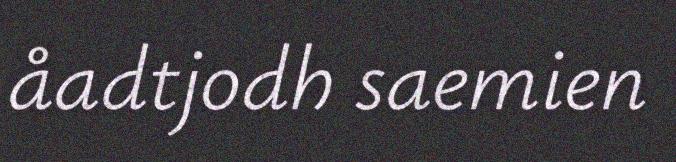
åadtjodh saemien